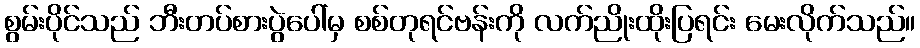
စွမ်းပိုင်သည် ဘီးတပ်စားပွဲပေါ်မှ စစ်တုရင်ဗန်းကို လက်ညိုးထိုးပြရင်း မေးလိုက်သည်။